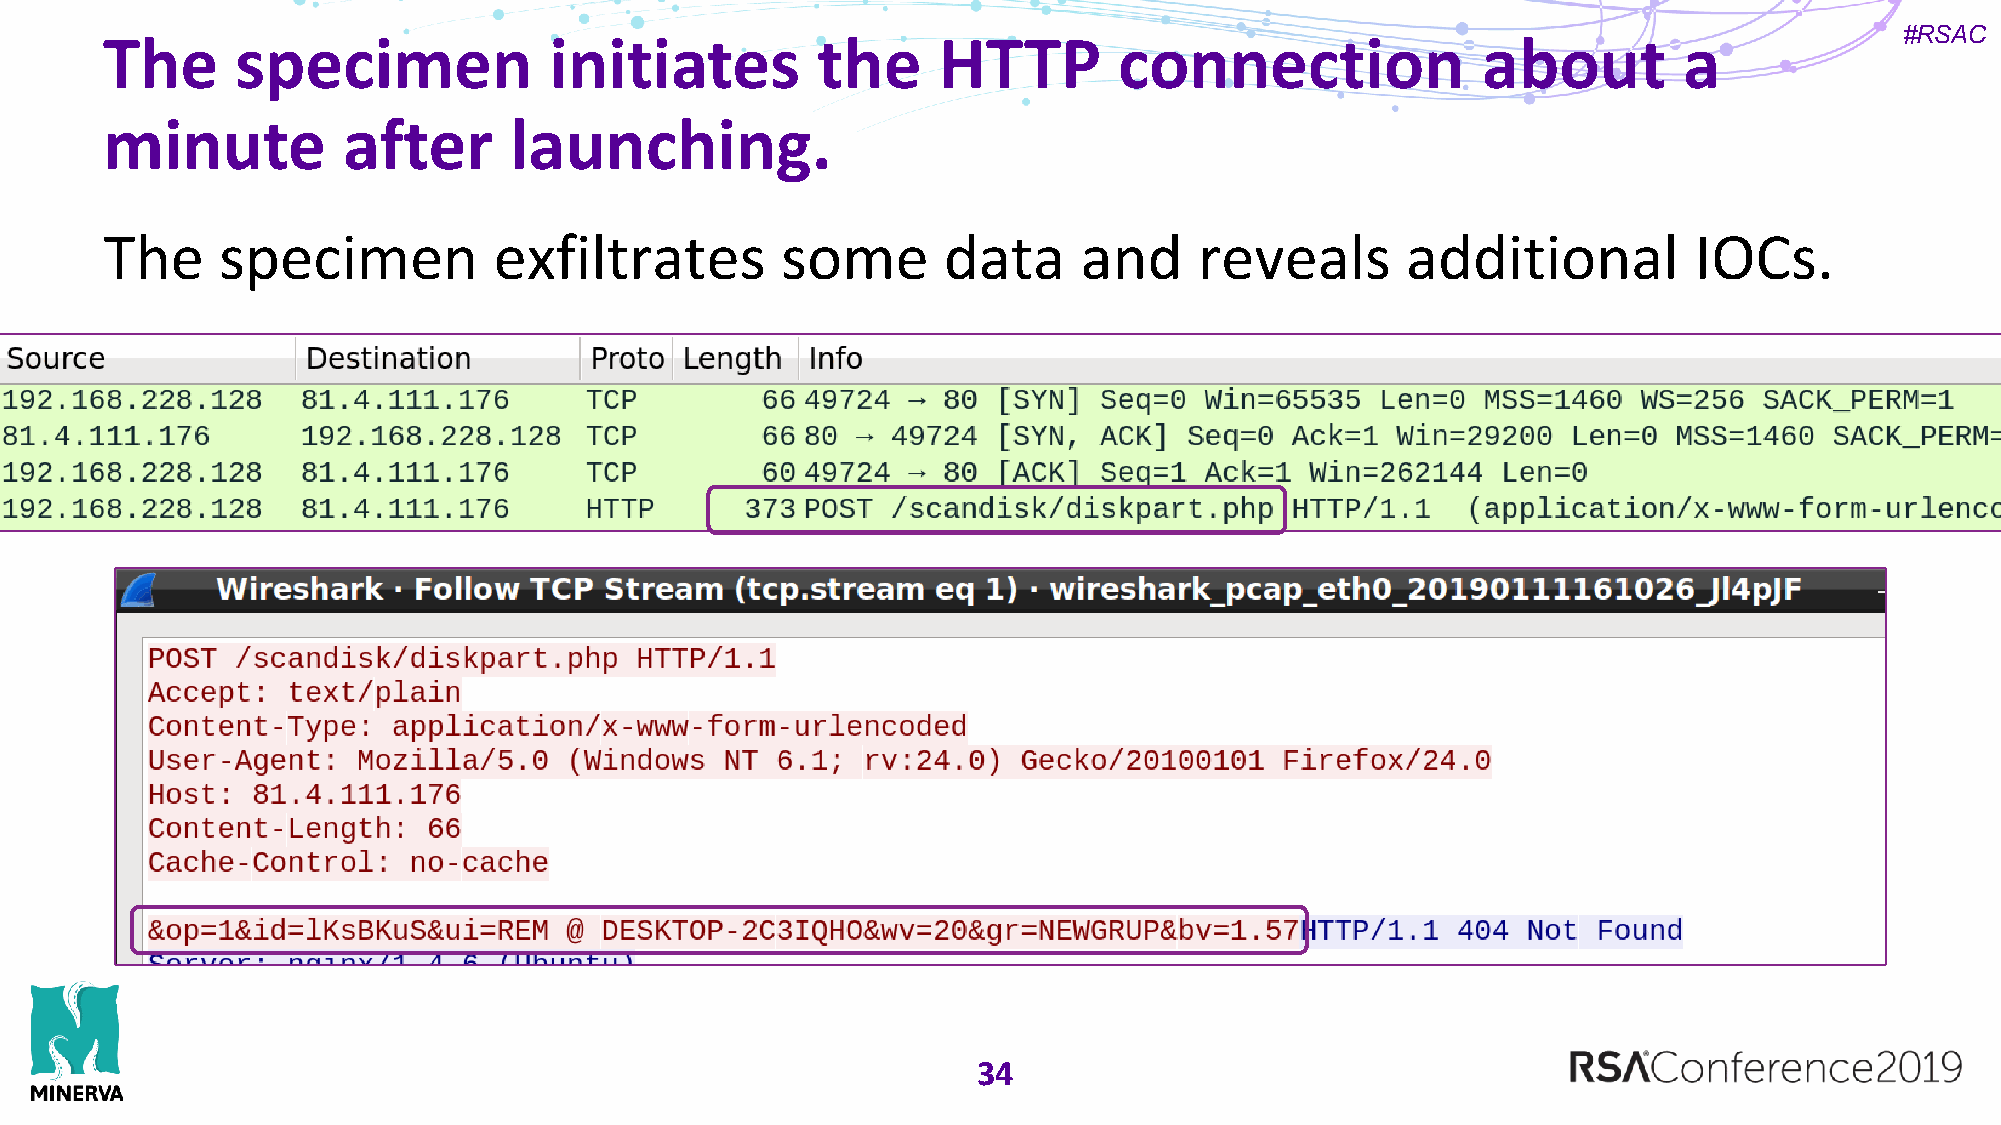
#RSAC
 The      specimen            initiates         the     HTTP        connection              about        a
 minute          after      launching.
 The    specimen           exfiltrates        some      data      and    reveals       additional         IOCs.
 34